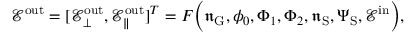
\mathcal { E } ^ { \mathrm { o u t } } = [ \mathcal { E } _ { \bot } ^ { \mathrm { o u t } } , \mathcal { E } _ { \| } ^ { \mathrm { o u t } } ] ^ { T } = F \Big ( \mathfrak { n } _ { \mathrm { G } } , \phi _ { 0 } , \Phi _ { 1 } , \Phi _ { 2 } , \mathfrak { n } _ { \mathrm { S } } , { \Psi } _ { \mathrm { S } } , \mathcal { E } ^ { \mathrm { i n } } \Big ) ,